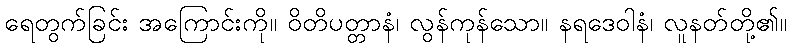
ရေတွက်ခြင်း အကြောင်းကို။ ဝိတိပတ္တာနံ၊ လွန်ကုန်သော။ နရဒေဝါနံ၊ လူနတ်တို့၏။